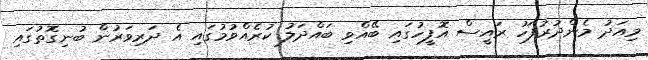
މިއަދު މެންދުރުފަހު ރައީސް އޮފީހުގައިި ބޭއްވި ބައްދަލު ކުރެއްވުމުގައި އެ ދަރިވަރުން ބުނިގޮތުގައި